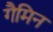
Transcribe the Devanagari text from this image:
गैमिन